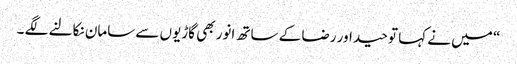
“ میں نے کہا توحید اور رضا کے ساتھ انور بھی گاڑیوں سے سامان نکالنے لگے ۔